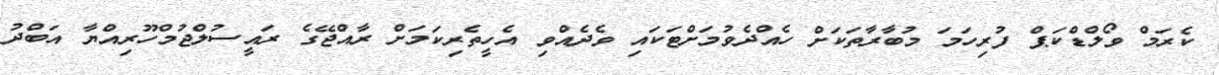
ކެރަމް ވޯލްޑްކަޕް ފުރިހަމަ މުބާރާތަކަށް ހެއްދެވުމަށްޓަކައި ވެދެއްވި އެހީތެރިކަމަށް ރާއްޖޭގެ ރައީސުލްޖުމްހޫރިއްޔާ އަބްދު